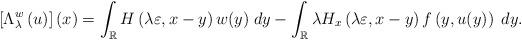
LaTeX: \begin{align*} \left[\Lambda_{\lambda}^{w}\left(u\right)\right](x)=\int_{\mathbb{R}}H\left(\lambda \varepsilon,x-y\right)w(y)\; dy - \int_{\mathbb{R}}\lambda H_{x}\left(\lambda \varepsilon,x-y\right)f\left(y,u(y)\right)\; dy. \end{align*}